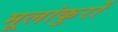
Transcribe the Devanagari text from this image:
मूलांकुरों